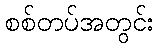
စစ်တပ်အတွင်း